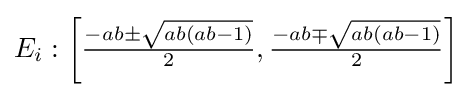
E_{i}:\left[{\tfrac {-ab\pm {\sqrt {ab(ab-1)}}}{2}},{\tfrac {-ab\mp {\sqrt {ab(ab-1)}}}{2}}\right]